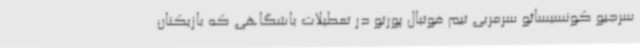
سرجیو کونسیسائو سرمربی تیم فوتبال پورتو در تعطیلات باشگاهی که بازیکنان